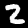
Label: 2